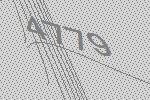
4779